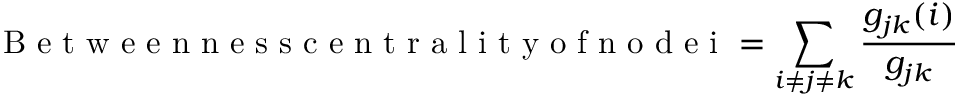
\mathrm { ~ B ~ e ~ t ~ w ~ e ~ e ~ n ~ n ~ e ~ s ~ s ~ c ~ e ~ n ~ t ~ r ~ a ~ l ~ i ~ t ~ y ~ o ~ f ~ n ~ o ~ d ~ e ~ i ~ } = \sum _ { i \neq j \neq k } \frac { g _ { j k } ( i ) } { g _ { j k } }